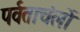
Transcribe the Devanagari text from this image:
पर्वताचंलों